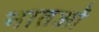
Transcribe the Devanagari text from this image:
नातओं